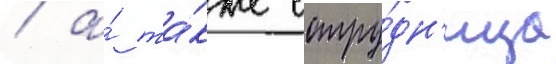
/ а́ та́кже сотру́дн'ица